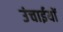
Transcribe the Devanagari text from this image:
उंचाईयों